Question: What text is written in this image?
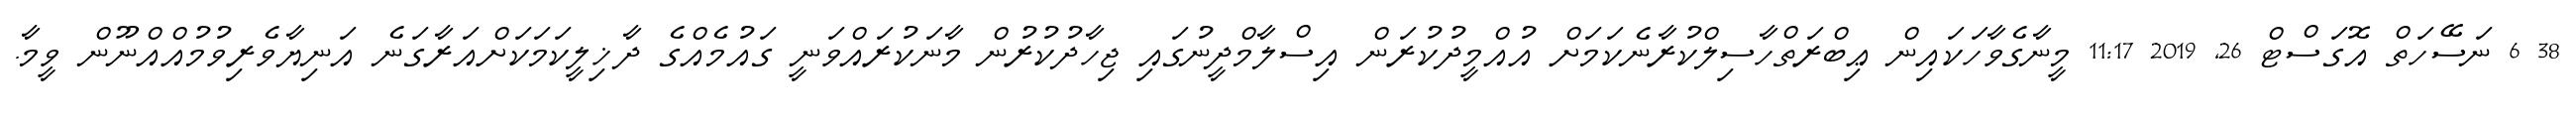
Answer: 38 6 ނަސޭހަތް އޮގަސްޓް 26, 2019 11:17 މީނާގެވާހަކައިން ޢިބްރަތްހާސިލްކުރާނެކަމަށް އުއްމީދުކުރަން އިސްލާމްދީނުގައި ޖިހާދުކުރުން މާނަކުރައްވަނީ ގައުމެއްގެ ދާޚިލީކަމަކަށްއަރާގަނެ އަނިޔާވެރިވުމުއްއްނޫން ވީމާ.